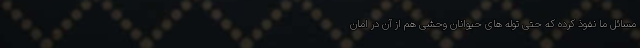
مسائل ما نفوذ کرده که حتی توله های حیوانان وحشی هم از آن در امان